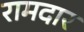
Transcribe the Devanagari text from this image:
रामदार